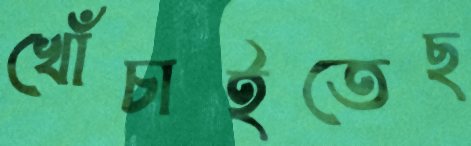
খোঁচাইতেছ